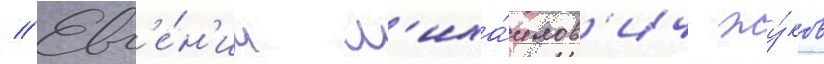
// Евг'е́н'ии м'иха́илов'ич жу́ков